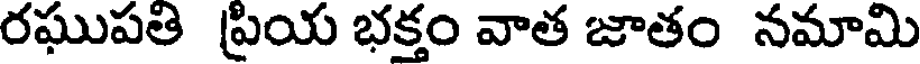
రఘుపతి ప్రియ భక్తం వాత జాతం నమామి